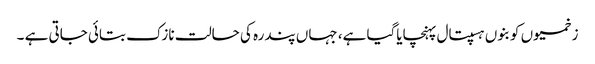
زخمیوں کو بنوں ہسپتال پہنچایاگیا ہے، جہاں پندرہ کی حالت نازک بتائی جاتی ہے ۔